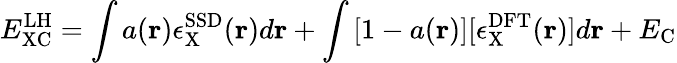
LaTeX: E_{\mathrm{XC}}^{\mathrm{LH}}=\int{a(\mathbf{r})\epsilon_{\mathrm{X}}^{\mathrm{SSD}}(\mathbf{r})d\mathbf{r}}+\int{[1-a(\mathbf{r})][\epsilon_{\mathrm{X}}^{\mathrm{DFT}}(\mathbf{r})]d\mathbf{r}}+E_{\mathrm{C}}